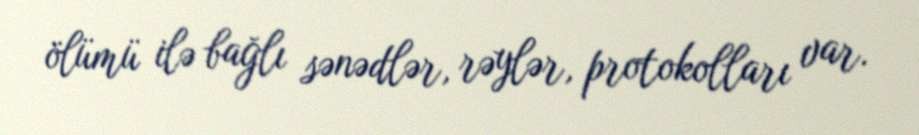
ölümü ilə bağlı sənədlər, rəylər, protokolları var.